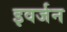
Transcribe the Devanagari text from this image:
इवर्जन